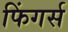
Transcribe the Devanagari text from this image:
फिंगर्स